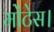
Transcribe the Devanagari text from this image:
मोंटेस।